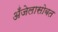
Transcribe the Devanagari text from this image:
अँजेलासोबत